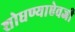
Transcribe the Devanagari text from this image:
शोधण्याऐवजी